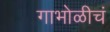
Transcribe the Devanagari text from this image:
गाभोळीचं